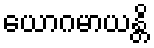
ယောဂမာယန္တိ